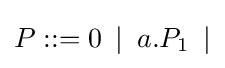
P::=0\,\,\,|\,\,\,a.P_{1}\,\,\,|